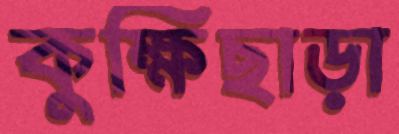
কুক্ষিছাড়া